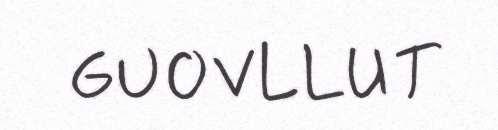
GUOVLLUT